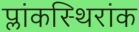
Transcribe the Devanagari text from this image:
प्लांकस्थिरांक